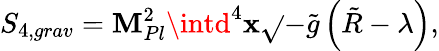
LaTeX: S_{4,grav}=\mathbf{M}_{Pl}^{2}\intd^{4}\mathbf{x}\sqrt{}{{-\tilde{{g}}}}\left(\tilde{{R}}-\lambda\right),